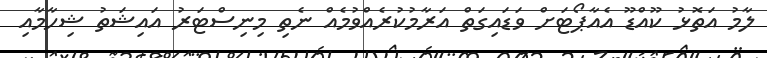
ލާމު އަތޮޅު ކޫއްޑޫ އެއާޕޯޓަށް ވަޑައިގަތް އަރާމުކުރެއްވުމެއް ނެތި މިނިސްޓަރު އައިޝަތު ޝިހާމާއި